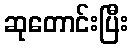
ဆုတောင်းပြီး